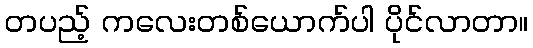
တပည့် ကလေးတစ်ယောက်ပါ ပိုင်လာတာ။